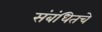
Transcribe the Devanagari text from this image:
संबंधितचे